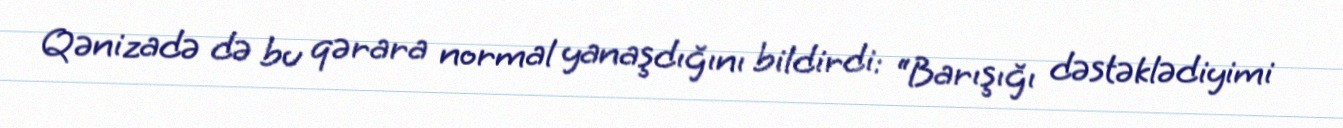
Qənizadə də bu qərara normal yanaşdığını bildirdi: “Barışığı dəstəklədiyimi